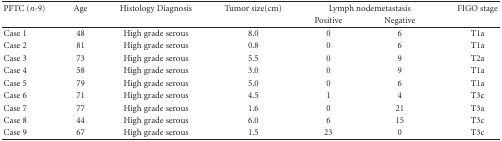
<table><thead><tr><td><b>PFTC (<i>n</i>-9)</b></td><td><b> Age</b></td><td><b> Histology Diagnosis</b></td><td><b>Tumor size(cm)</b></td><td colspan="2"><b> Lymph nodemetastasis</b></td><td><b>FIGO stage</b></td></tr><tr><td></td><td></td><td></td><td></td><td><b>Positive</b></td><td><b>Negative</b></td><td></td></tr></thead><tbody><tr><td>Case 1</td><td>48</td><td>High grade serous</td><td>8.0</td><td>0</td><td>6</td><td>T1a</td></tr><tr><td>Case 2</td><td>81</td><td>High grade serous</td><td>0.8</td><td>0</td><td>6</td><td>T1a</td></tr><tr><td>Case 3</td><td>73</td><td>High grade serous</td><td>5.5</td><td>0</td><td>9</td><td>T2a</td></tr><tr><td>Case 4</td><td>58</td><td>High grade serous</td><td>3.0</td><td>0</td><td>9</td><td>T1a</td></tr><tr><td>Case 5</td><td>79</td><td>High grade serous</td><td>5.0</td><td>0</td><td>6</td><td>T1a</td></tr><tr><td>Case 6</td><td>71</td><td>High grade serous</td><td>4.5</td><td>1</td><td>4</td><td>T3c</td></tr><tr><td>Case 7</td><td>77</td><td>High grade serous</td><td>1.6</td><td>0</td><td>21</td><td>T3a</td></tr><tr><td>Case 8</td><td>44</td><td>High grade serous</td><td> 6.0</td><td>6</td><td>15</td><td>T3c</td></tr><tr><td>Case 9</td><td>67</td><td>High grade serous</td><td>1.5</td><td>23</td><td>0</td><td>T3c</td></tr></tbody></table>